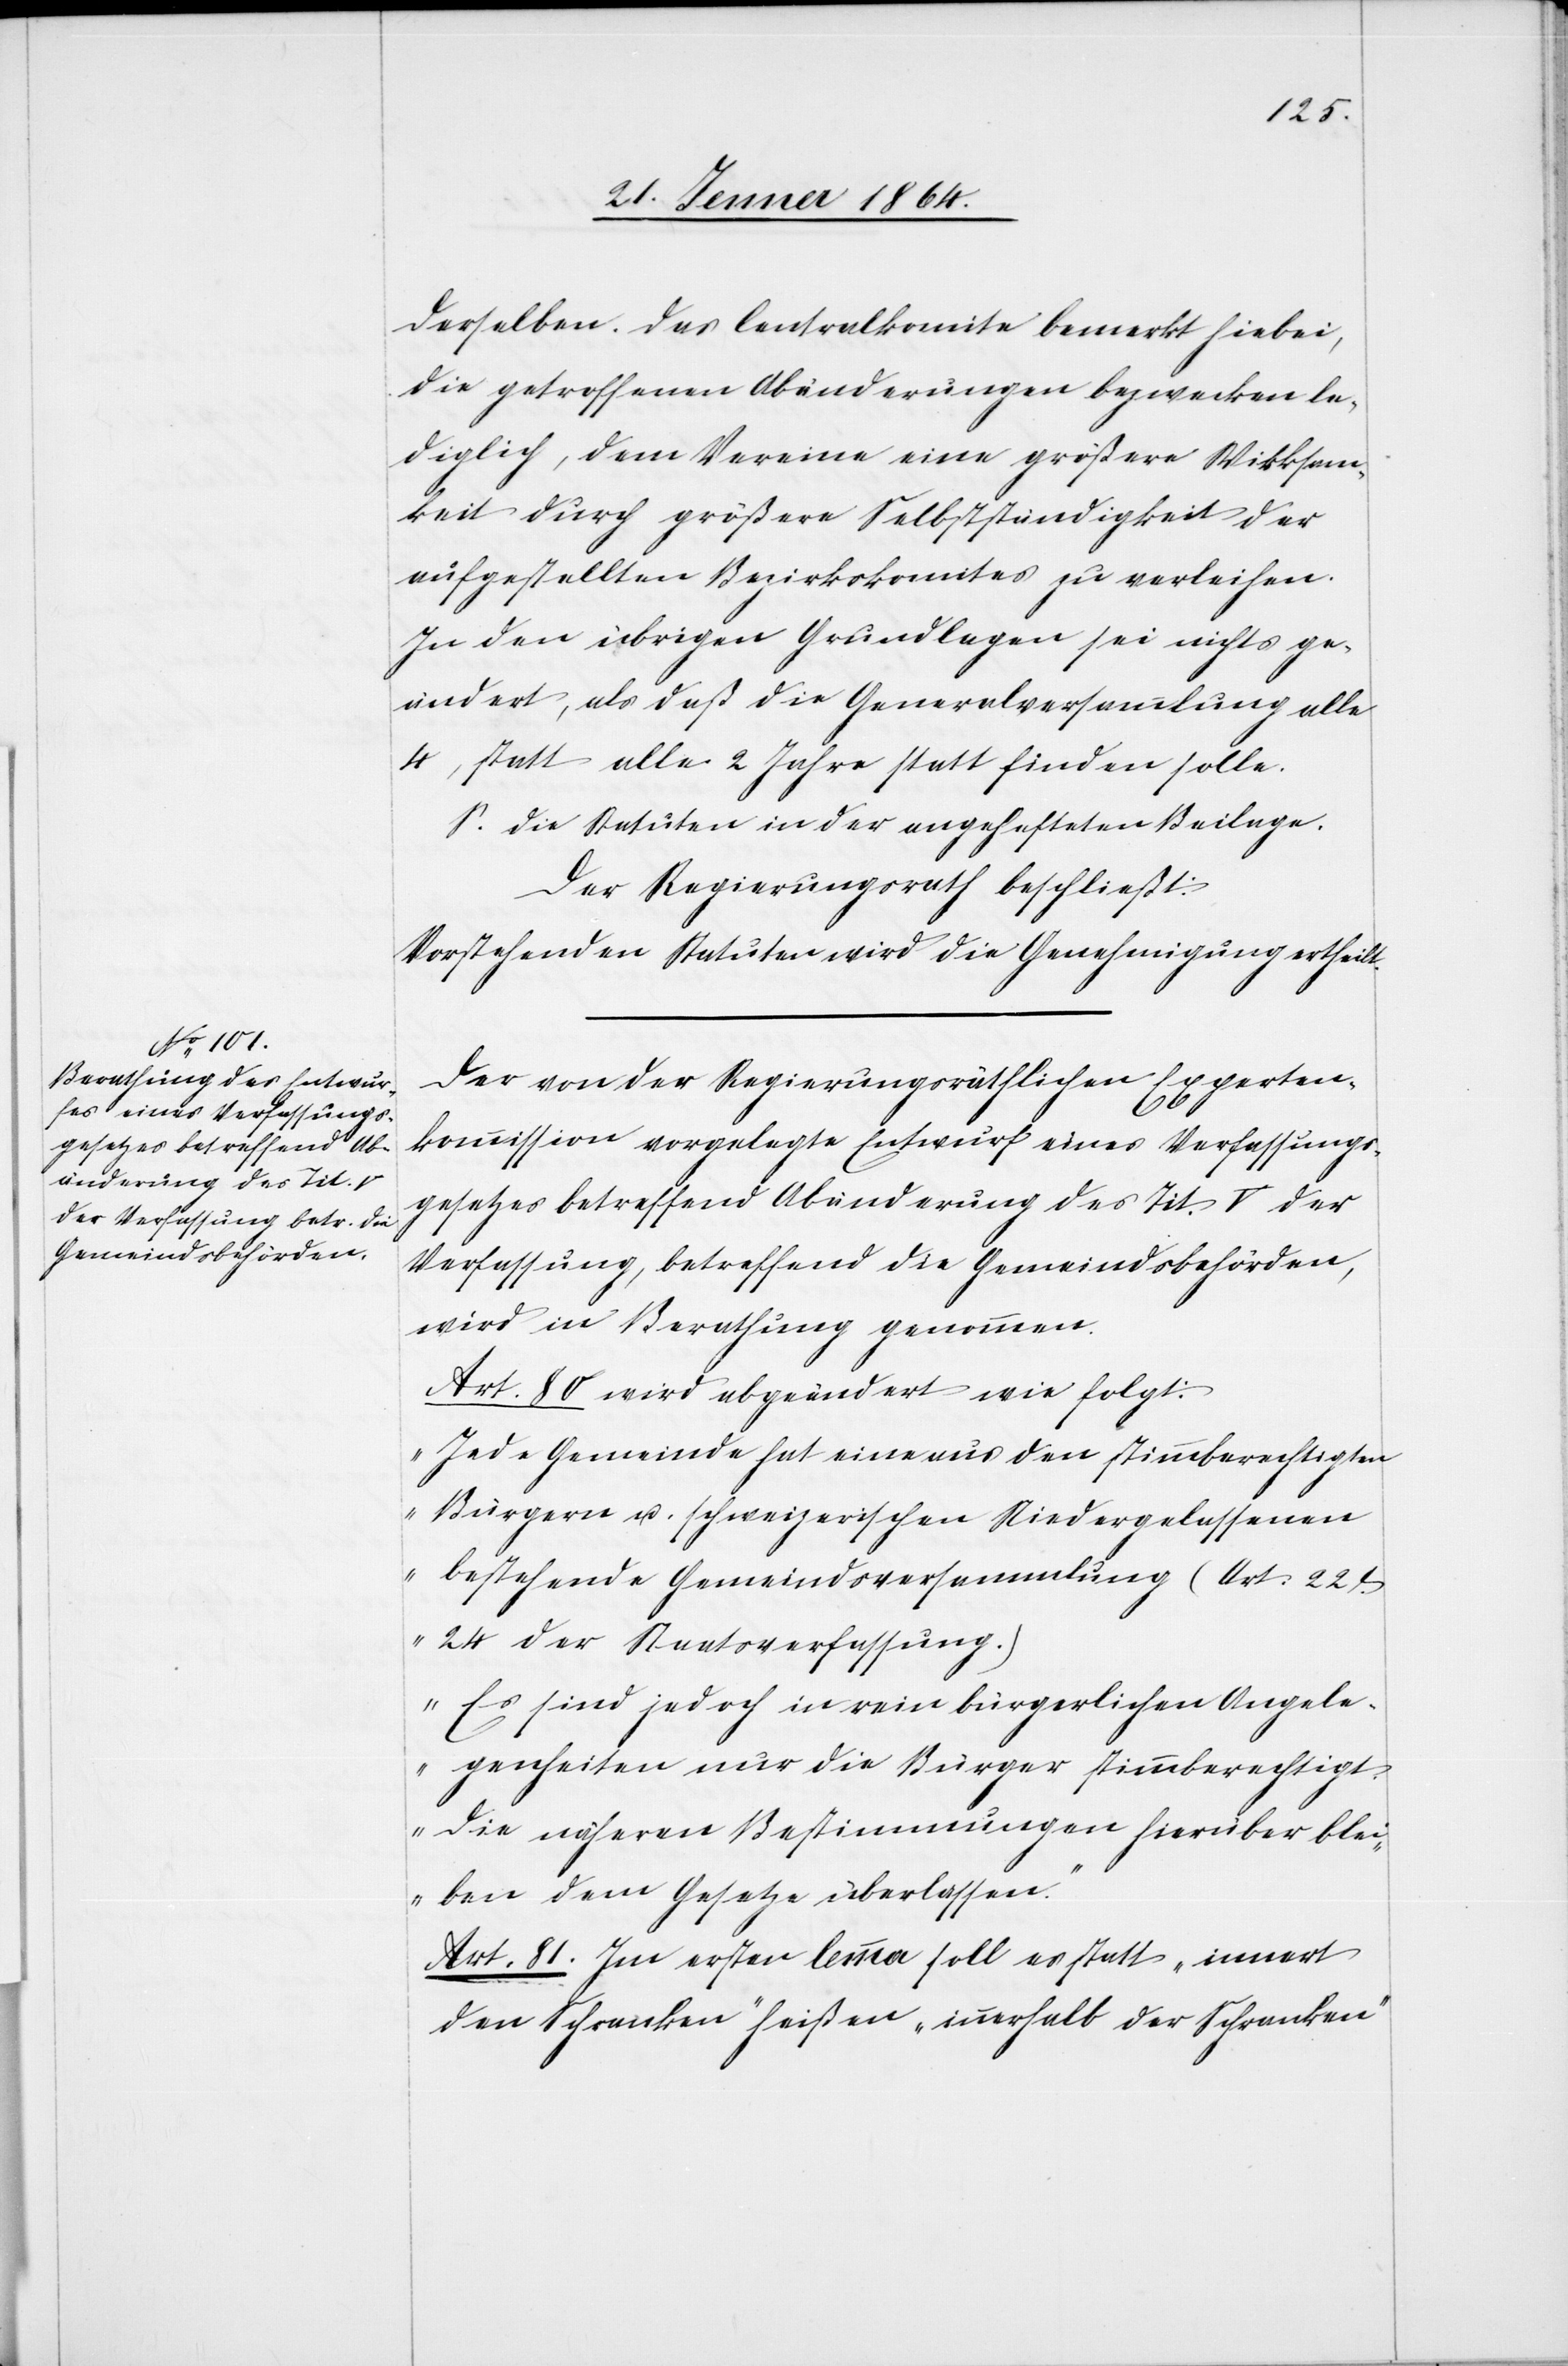
derselben. Das Centralkomite bemerkt hierbei,
die getroffenen Abänderungen bezwecken le¬
diglich, dem Vereine eine größere Wirksam¬
keit durch größere Selbstständigkeit der
aufgestellten Bezirkskomites zu verleihen.
In den übrigen Grundlagen sei nichts ge¬
ändert, als daß die Generalversammlung alle
4, statt alle 2 Jahre statt finden solle.
S. die Statuten in der angehefteten Beilage.
Der Regierungsrath beschließt:
Vorstehenden Statuten wird die Genehmigung ertheilt.
Der von der Regierungsräthlichen Experten¬
kommission vorgelegte Entwurf eines Verfassungs¬
gesetzes betreffend Abänderung des Tit. V. der
Verfassung, betreffend die Gemeindsbehörden,
wird in Berathung genommen.
Art. 80 wird abgeändert wie folgt:
„Jede Gemeinde hat eine aus den stimmberechtigten
Bürgern u. schweizerischen Niedergelassenen
bestehende Gemeindsversammlung (Art. 22
& 24 der Staatsverfassung.)
Es sind jedoch in rein bürgerlichen Angele¬
genheiten nur die Bürger stimmberechtigt.
Die näheren Bestimmungen hierüber blei¬
ben dem Gesetze überlassen.“
Art. 81 Im ersten lemma soll es statt „innert
den Schranken“ heißen „innerhalb der Schranken“